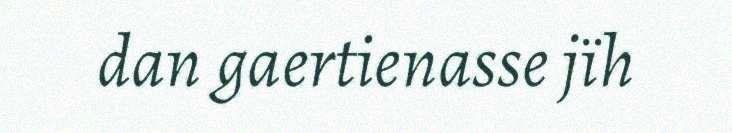
dan gaertienasse jïh